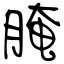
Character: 腌